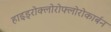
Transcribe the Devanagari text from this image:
हाइड्रोक्लोरोफ्लोरोकार्बन